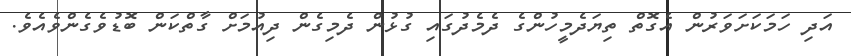
އަދި ހަމަކަށަވަރުން އެގޮތް ތިޔަދެމީހުންގެ ދެމެދުގައި ގުޅުން ދެމިގެން ދިއުމަށް ގާތްކަން ބޮޑުވެގެންވެއެވެ.